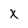
Character: x